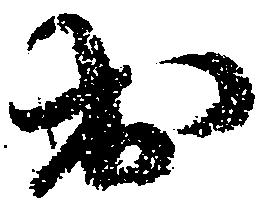
出